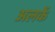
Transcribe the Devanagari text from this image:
अलकें